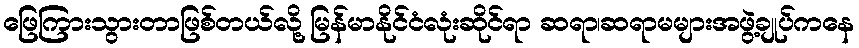
ဖြေကြားသွားတာဖြစ်တယ်လို့ မြန်မာနိုင်ငံလုံးဆိုင်ရာ ဆရာ၊ဆရာမများအဖွဲ့ချုပ်ကနေ